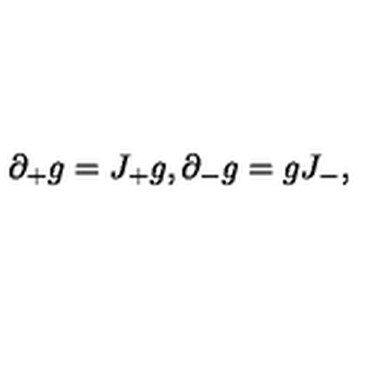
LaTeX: \partial _ { + } g = J _ { + } g , { } \partial _ { - } g = g J _ { - } ,